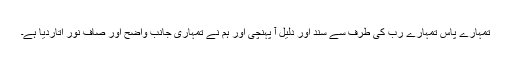
تمہارے پاس تمہارے رب کی طرف سے سند اور دلیل آ پہنچی اور ہم نے تمہاری جانب واضح اور صاف نور اتاردیا ہے۔